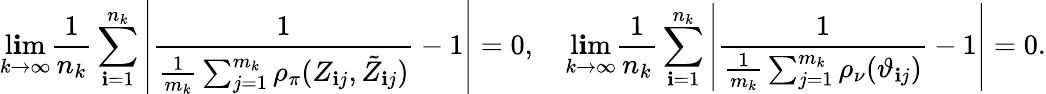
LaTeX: \operatorname*{l\mathbf{i}m}_{k\rightarrow\infty}\frac{{1}}{{n_{k}}}\sum_{\mathbf{i}=1}^{n_{k}}\left|\frac{{1}}{{\frac{{1}}{{m_{k}}}\sum_{j=1}^{m_{k}}\rho_{\pi}(Z_{\mathbf{i}j},\tilde{{Z}}_{\mathbf{i}j})}}-1\right|=0,\quad\operatorname*{l\mathbf{i}m}_{k\rightarrow\infty}\frac{{1}}{{n_{k}}}\sum_{\mathbf{i}=1}^{n_{k}}\left|\frac{{1}}{{\frac{{1}}{{m_{k}}}\sum_{j=1}^{m_{k}}\rho_{\nu}(\vartheta_{\mathbf{i}j})}}-1\right|=0.